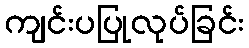
ကျင်းပပြုလုပ်ခြင်း